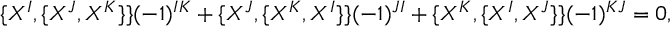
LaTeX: \{ X ^ { I } , \{ X ^ { J } , X ^ { K } \} \} ( - 1 ) ^ { I K } + \{ X ^ { J } , \{ X ^ { K } , X ^ { I } \} \} ( - 1 ) ^ { J I } + \{ X ^ { K } , \{ X ^ { I } , X ^ { J } \} \} ( - 1 ) ^ { K J } = 0 ,